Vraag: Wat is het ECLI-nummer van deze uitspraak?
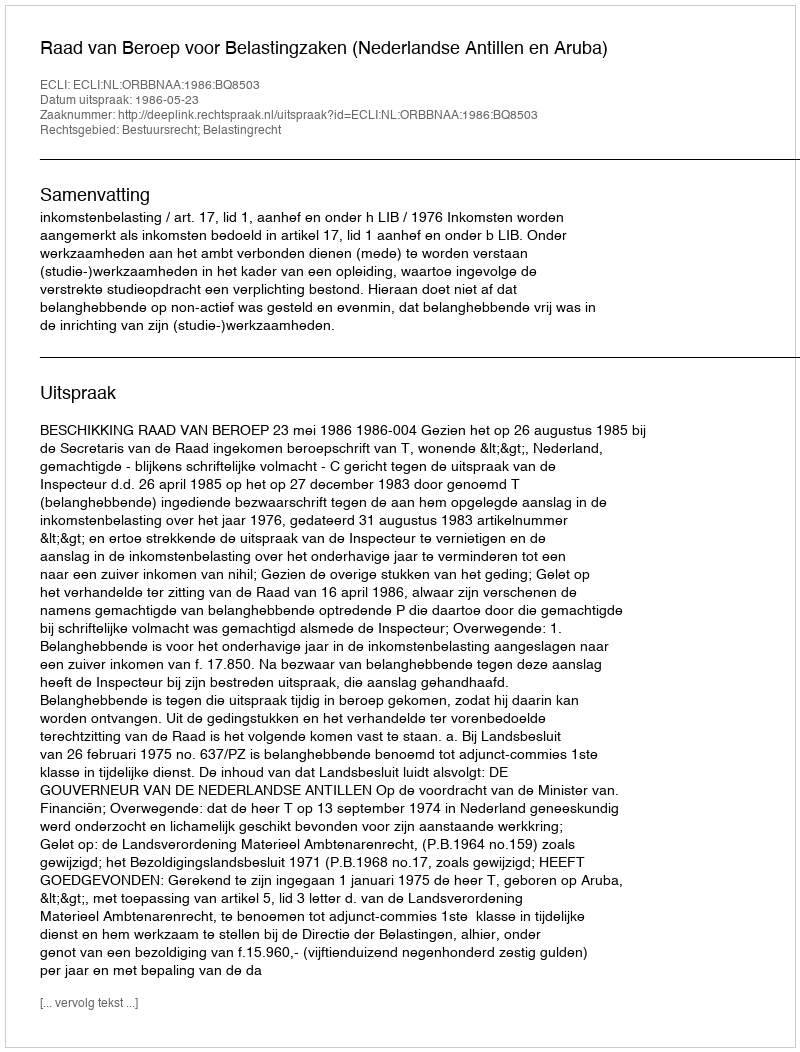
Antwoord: ECLI:NL:ORBBNAA:1986:BQ8503